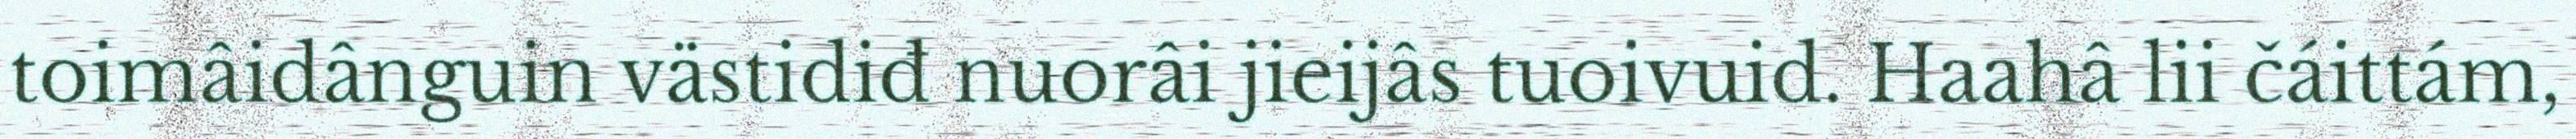
toimâidânguin västidiđ nuorâi jieijâs tuoivuid. Haahâ lii čáittám,